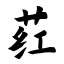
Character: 荭